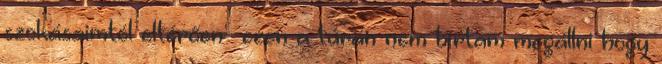
szokásaimtól eltérően- ezen a túrán nem bírtam megállni hogy